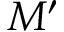
M ^ { \prime }